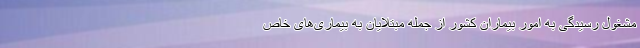
مشغول رسیدگی به امور بیماران کشور از جمله مبتلایان به بیماری‌های خاص